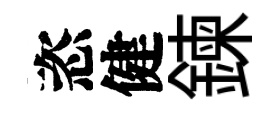
恣健鍊